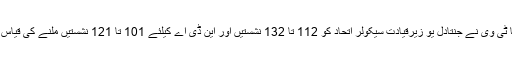
ہندی چینل انڈیا ٹی وی نے جنتادل یو زیرقیادت سیکولر اتحاد کو 112 تا 132 نشستیں اور این ڈی اے کیلئے 101 تا 121 نشستیں ملنے کی قیاس آرائی کی ہے۔